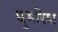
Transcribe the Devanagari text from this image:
घुमरिया